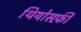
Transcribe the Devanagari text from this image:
थियोसफ़ी